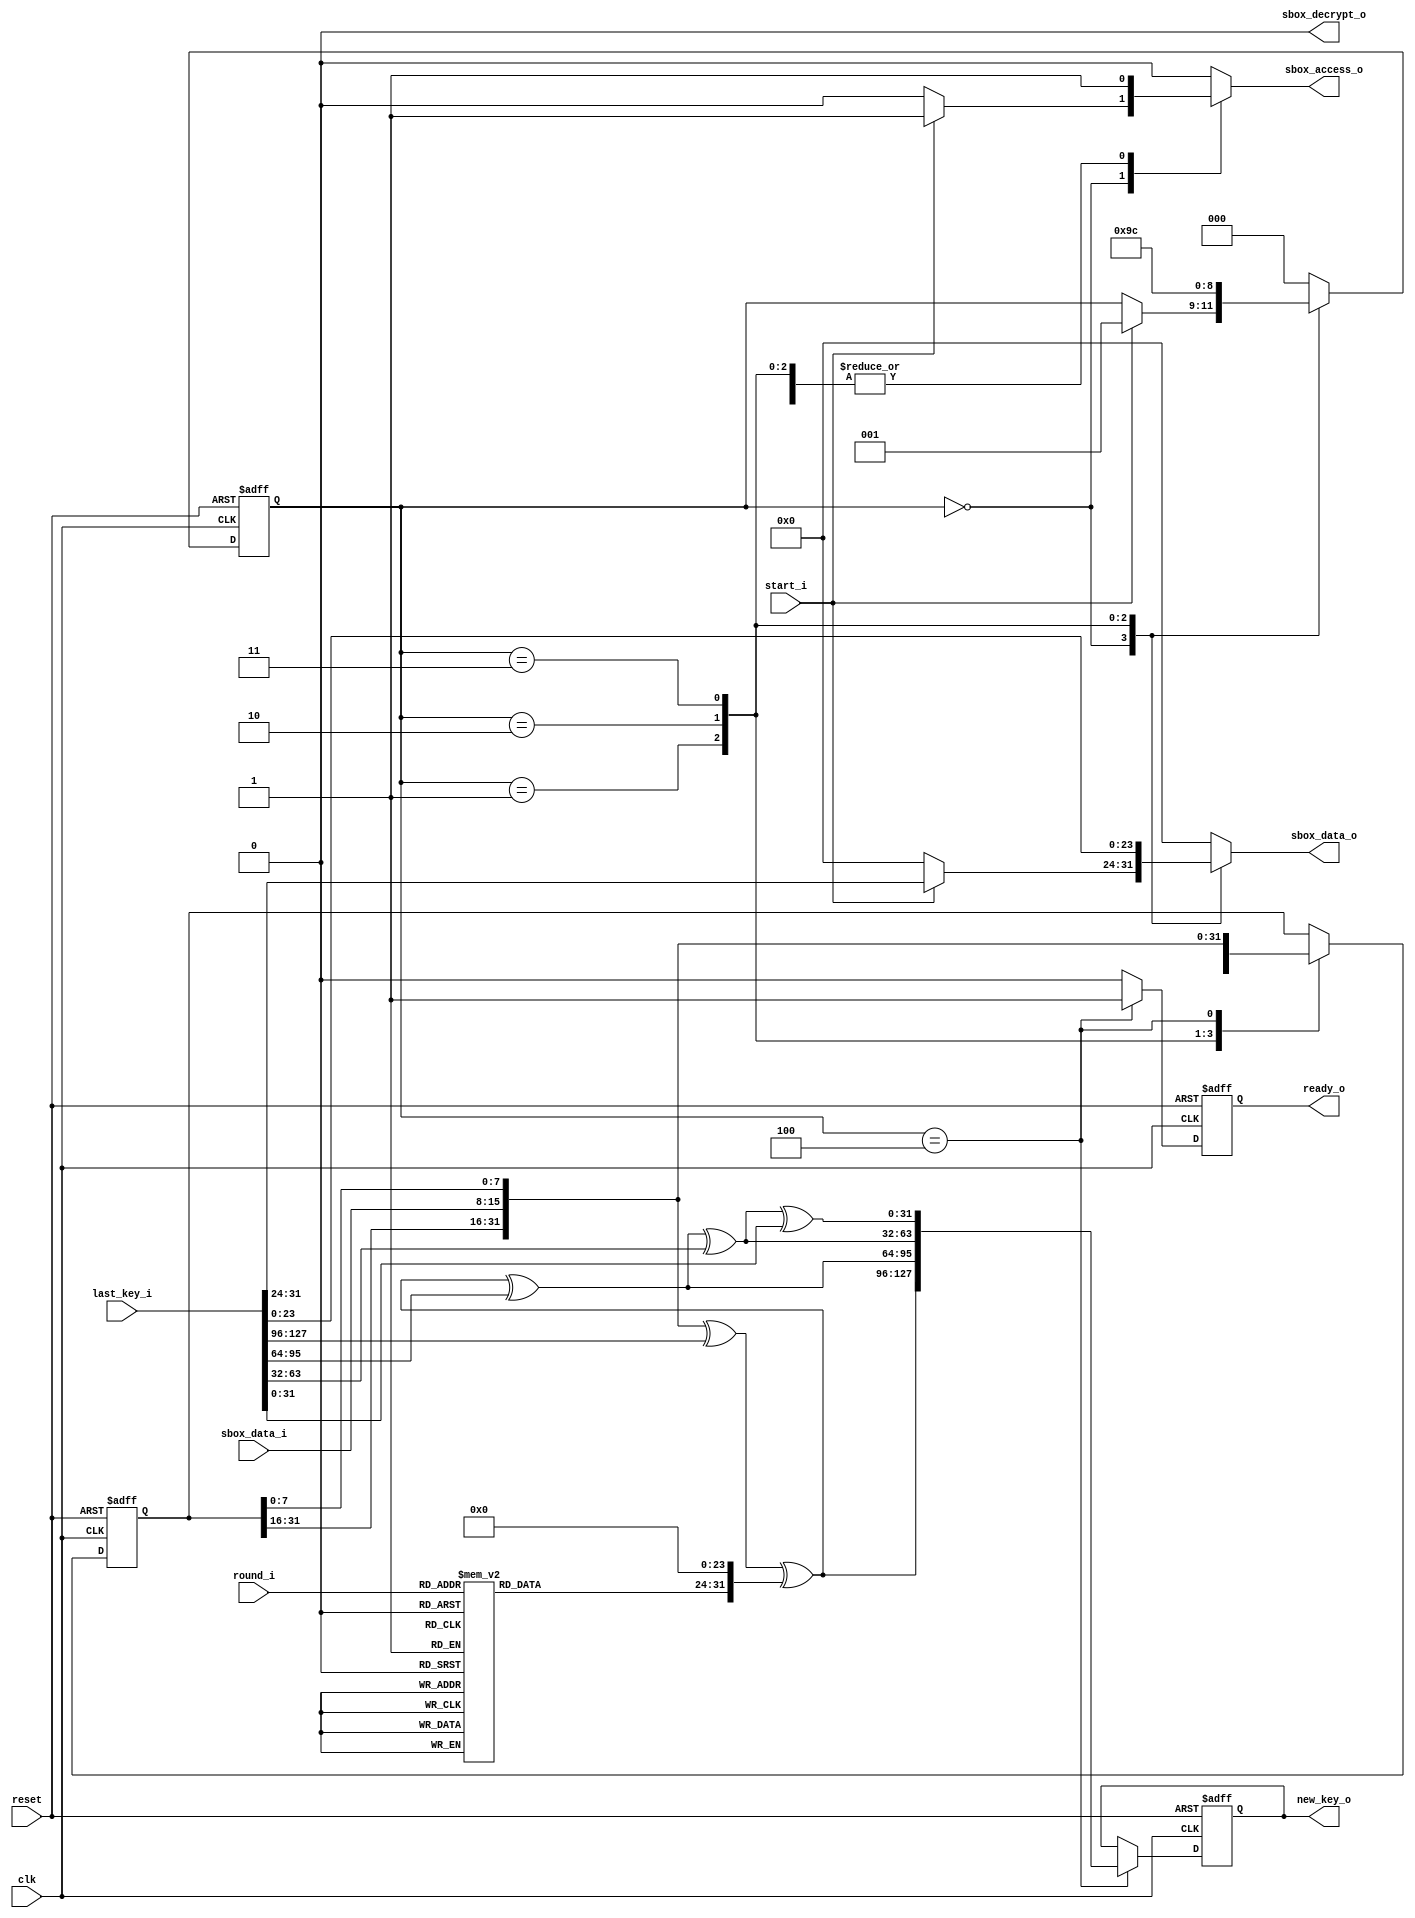
//////////////////////////////////////////////////////////////////////
////                                                              ////
////  Key schedule                                                ////
////                                                              ////
////  This file is part of the SystemC AES                        ////
////                                                              ////
////  Description:                                                ////
////  Generate the next round key from the previous one           ////
////                                                              ////
////  Generated automatically using SystemC to Verilog translator ////
////                                                              ////
////  To Do:                                                      ////
////   - done                                                     ////
////                                                              ////
////  Author(s):                                                  ////
////      - Javier Castillo, jcastilo@opencores.org               ////
////                                                              ////
//////////////////////////////////////////////////////////////////////
////                                                              ////
//// Copyright (C) 2000 Authors and OPENCORES.ORG                 ////
////                                                              ////
//// This source file may be used and distributed without         ////
//// restriction provided that this copyright statement is not    ////
//// removed from the file and that any derivative work contains  ////
//// the original copyright notice and the associated disclaimer. ////
////                                                              ////
//// This source file is free software; you can redistribute it   ////
//// and/or modify it under the terms of the GNU Lesser General   ////
//// Public License as published by the Free Software Foundation; ////
//// either version 2.1 of the License, or (at your option) any   ////
//// later version.                                               ////
////                                                              ////
//// This source is distributed in the hope that it will be       ////
//// useful, but WITHOUT ANY WARRANTY; without even the implied   ////
//// warranty of MERCHANTABILITY or FITNESS FOR A PARTICULAR      ////
//// PURPOSE.  See the GNU Lesser General Public License for more ////
//// details.                                                     ////
////                                                              ////
//// You should have received a copy of the GNU Lesser General    ////
//// Public License along with this source; if not, download it   ////
//// from http://www.opencores.org/lgpl.shtml                     ////
////                                                              ////
//////////////////////////////////////////////////////////////////////
//
// CVS Revision History
//
// $Log: keysched.v,v $
// Revision 1.1.1.1  2004/07/05 09:46:23  jcastillo
// First import
//

module keysched(clk,reset,start_i,round_i,last_key_i,new_key_o,ready_o,sbox_access_o,sbox_data_o,sbox_data_i,sbox_decrypt_o);
input clk;
input reset;
input start_i;
input [3:0] round_i;
input [127:0] last_key_i;
output [127:0] new_key_o;
output ready_o;
output sbox_access_o;
output [7:0] sbox_data_o;
input [7:0] sbox_data_i;
output sbox_decrypt_o;

reg [127:0] new_key_o;
reg ready_o;
reg sbox_access_o;
reg [7:0] sbox_data_o;
reg sbox_decrypt_o;

reg [2:0] next_state;
reg [2:0] state;
reg [7:0] rcon_o;
reg [31:0] next_col;
reg [31:0] col;
reg [127:0] key_reg;
reg [127:0] next_key_reg;
reg next_ready_o;


//rcon:
always @(  round_i)

begin

	
	case(round_i)
	1:
begin
rcon_o = (1);
end
	2:
begin
rcon_o = (2);
end
	3:
begin
rcon_o = (4);
end
	4:
begin
rcon_o = (8);
end
	5:
begin
rcon_o = ('h10);
end
	6:
begin
rcon_o = ('h20);
end
	7:
begin
rcon_o = ('h40);
end
	8:
begin
rcon_o = ('h80);
end
	9:
begin
rcon_o = ('h1B);
end
	10:
begin
rcon_o = ('h36);
end
default:
begin
			rcon_o = (0);
end
	endcase


end
//registers:
always @(posedge clk or negedge reset)

begin

	if(!reset)
	begin
		state = (0);
		col = (0);
		key_reg = (0);
		ready_o = (0);
	end
else
	begin
		state = (next_state);	
		col = (next_col);
		key_reg = (next_key_reg);
		ready_o = (next_ready_o);
	end


end
//generate_key:
reg[127:0] K_var,W_var;
	reg[31:0] col_t;
	reg[23:0] zero;
	
always @(  start_i or   last_key_i or   sbox_data_i or   state or   rcon_o or   col or   key_reg)

begin

	
	zero=0;
	
	col_t=col;
	W_var=0;
	
	next_state = (state);
	next_col = (col);
	
	next_ready_o = (0);
	next_key_reg = (key_reg);
	new_key_o = (key_reg);
	
sbox_decrypt_o = (0);
	sbox_access_o = (0);
	sbox_data_o = (0);
	K_var=last_key_i;
		
	case(state)
	//Substitutethebyteswhilerotatingthem
		//FouraccessestoSBoxareneeded
		0:
begin
		if(start_i)
begin
	
			col_t=0;
		sbox_access_o = (1);
			sbox_data_o = (K_var[31:24]);
			next_state = (1);
		
end

		end
	1:
begin
		sbox_access_o = (1);
	sbox_data_o = (K_var[23:16]);
	col_t[7:0]=sbox_data_i;
	next_col = (col_t);
		next_state = (2);
	end
	2:
begin
		sbox_access_o = (1);
	sbox_data_o = (K_var[15:8]);
	col_t[31:24]=sbox_data_i;
	next_col = (col_t);
		next_state = (3);
	end
	3:
begin
		sbox_access_o = (1);
	sbox_data_o = (K_var[7:0]);	
	col_t[23:16]=sbox_data_i;
	next_col = (col_t);
	next_state = (4);
	end
	4:
begin
		sbox_access_o = (1);
		col_t[15:8]=sbox_data_i;
	next_col = (col_t);
		W_var[127:96]=col_t^K_var[127:96]^{rcon_o,zero};		
	W_var[95:64]=W_var[127:96]^K_var[95:64];
	W_var[63:32]=W_var[95:64]^K_var[63:32];
	W_var[31:0]=W_var[63:32]^K_var[31:0];
next_ready_o = (1);
next_key_reg = (W_var);	
	next_state = (0);
		end

default:
begin
		next_state = (0);
	end
endcase


end

endmodule